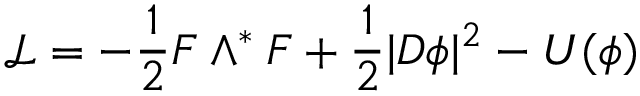
{ \mathcal L } = - \frac { 1 } { 2 } F \wedge ^ { * } F + \frac { 1 } { 2 } | D \phi | ^ { 2 } - U ( \phi )